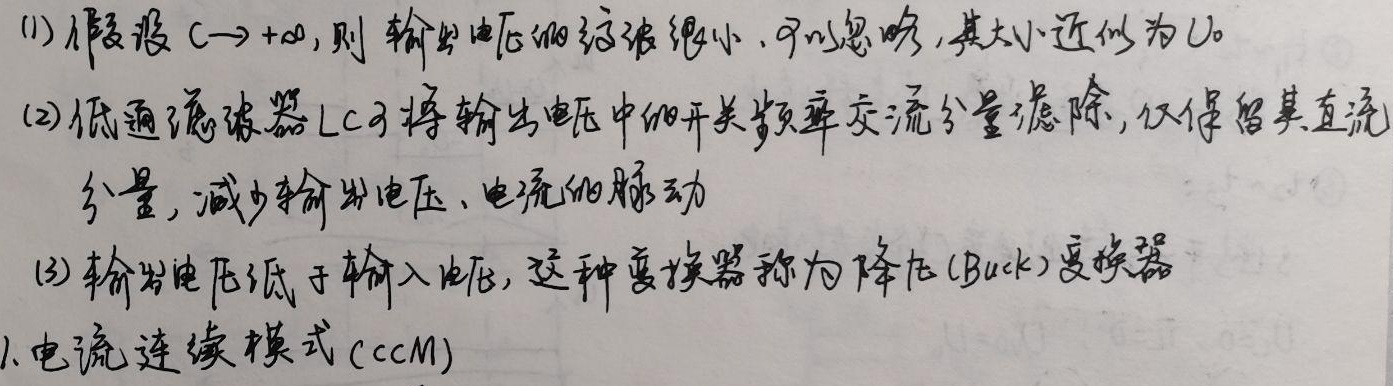
(1) 假设 \(C \to +\infty\), 则输出电压的纹波很小, 可以忽略, 其大小近似为 \(U_{o}\)
(2) 低通滤波器LC可将输出电压中的开关频率交流分量滤除, 仅保留其直流
分量, 减少输出电压、电流的脉动
(3) 输出电压低于输入电压, 这种变换器称为降压(Buck)变换器
1. 电流连续模式(CCM)